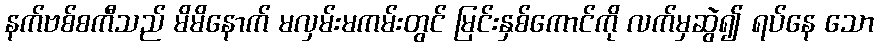
နက်ဗစ်စကီသည် မိမိနောက် မလှမ်းမကမ်းတွင် မြင်းနှစ်ကောင်ကို လက်မှဆွဲ၍ ရပ်နေ သော